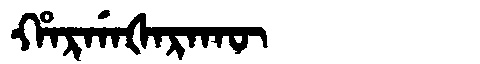
Manchu: ᡥᠠᡵᡤᠠᡧᠠᡵᠠᡴᡡ
Romanization: HARGAŠARAKŪ